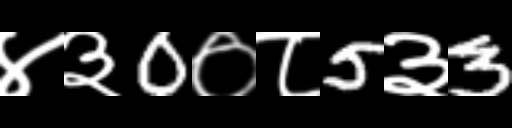
Text: ४३0०८5३3